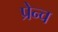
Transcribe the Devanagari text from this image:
प्रेन्च